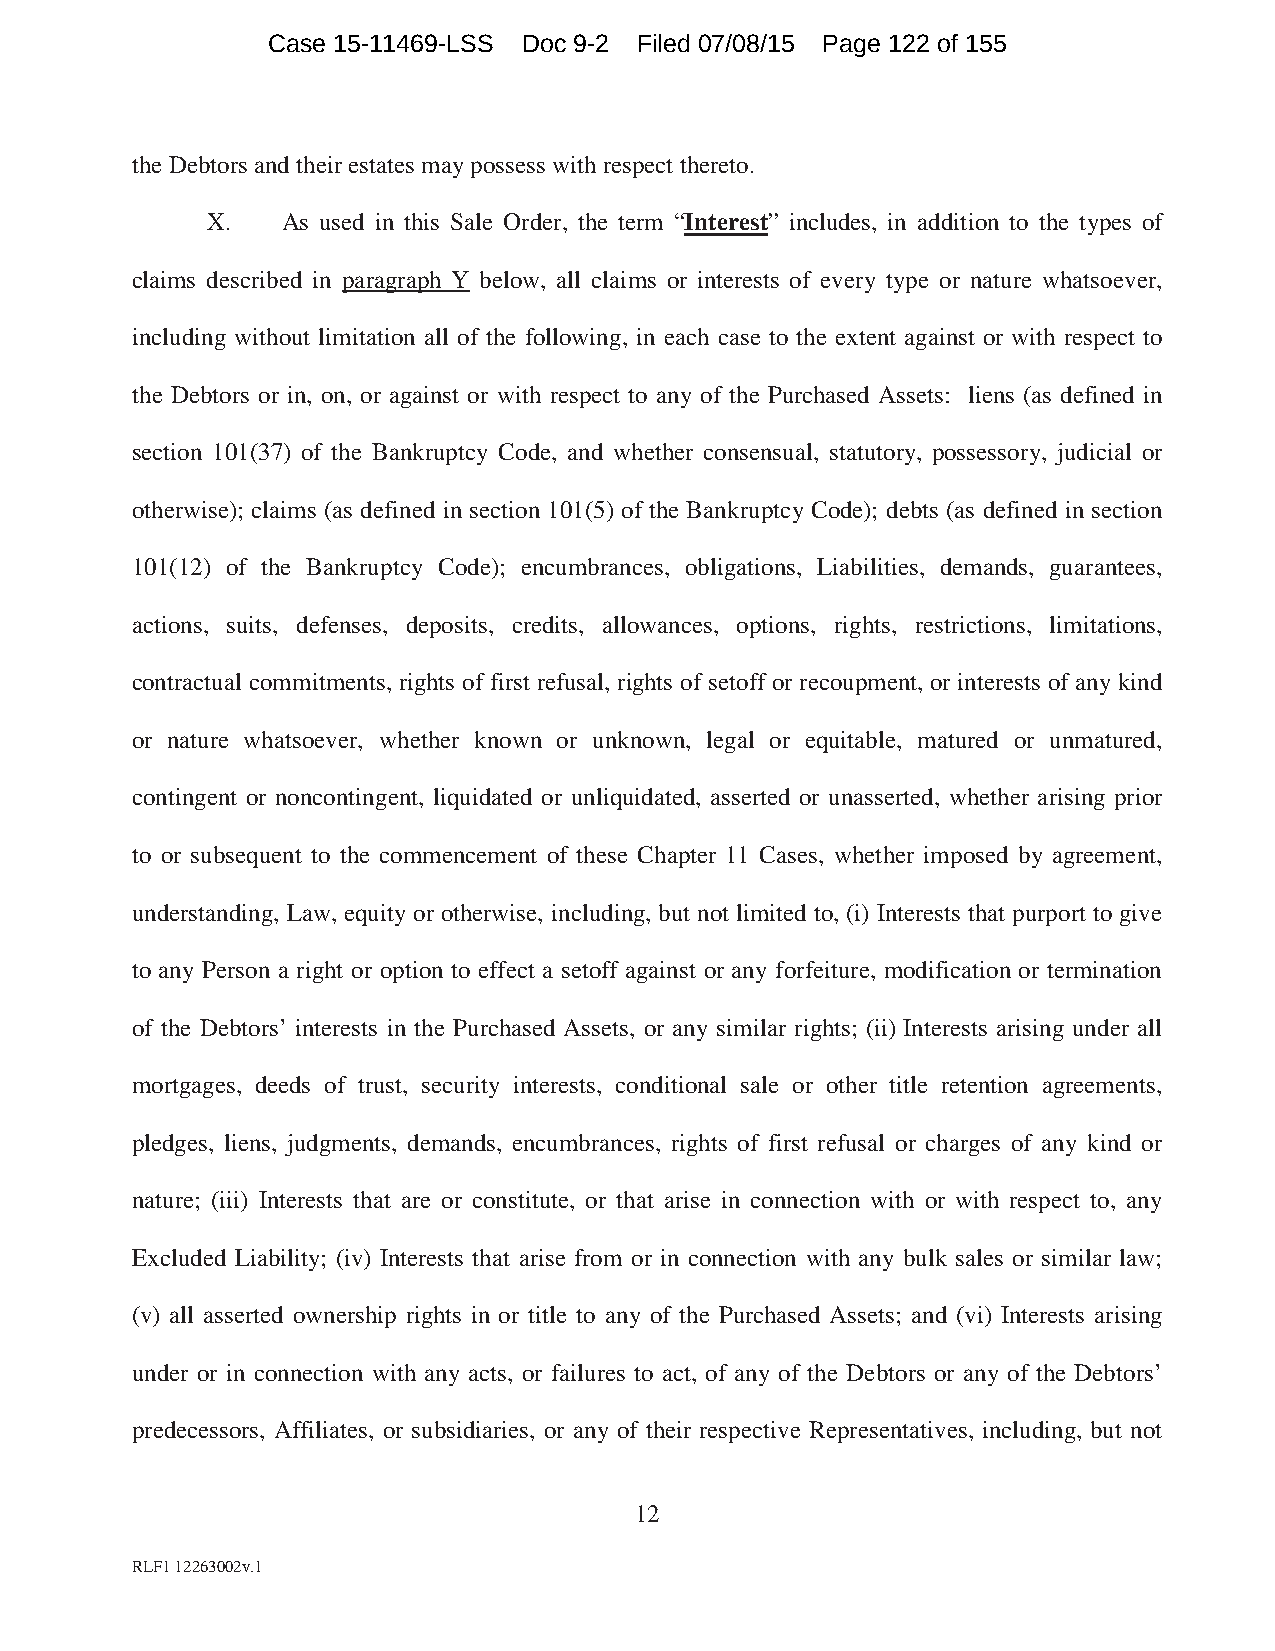
Case 15-11469-LSS Doc 9-2 Filed 07/08/15 Page 122 of 155
 the Debtors and their estates may possess with respect thereto.
 X.   As used in this Sale Order, the term “Interest” includes, in addition to the types of
 claims described in paragraph Y below, all claims or interests of every type or nature whatsoever,
 including without limitation all of the following, in each case to the extent against or with respect to
 the Debtors or in, on, or against or with respect to any of the Purchased Assets: liens (as defined in
 section 101(37) of the Bankruptcy Code, and whether consensual, statutory, possessory, judicial or
 otherwise); claims (as defined in section 101(5) of the Bankruptcy Code); debts (as defined in section
 101(12) of the Bankruptcy Code); encumbrances, obligations, Liabilities, demands, guarantees,
 actions, suits, defenses, deposits, credits, allowances, options, rights, restrictions, limitations,
 contractual commitments, rights of first refusal, rights of setoff or recoupment, or interests of any kind
 or nature whatsoever, whether known or unknown, legal or equitable, matured or unmatured,
 contingent or noncontingent, liquidated or unliquidated, asserted or unasserted, whether arising prior
 to or subsequent to the commencement of these Chapter 11 Cases, whether imposed by agreement,
 understanding, Law, equity or otherwise, including, but not limited to, (i) Interests that purport to give
 to any Person a right or option to effect a setoff against or any forfeiture, modification or termination
 of the Debtors’ interests in the Purchased Assets, or any similar rights; (ii) Interests arising under all
 mortgages, deeds of trust, security interests, conditional sale or other title retention agreements,
 pledges, liens, judgments, demands, encumbrances, rights of first refusal or charges of any kind or
 nature; (iii) Interests that are or constitute, or that arise in connection with or with respect to, any
 Excluded Liability; (iv) Interests that arise from or in connection with any bulk sales or similar law;
 (v) all asserted ownership rights in or title to any of the Purchased Assets; and (vi) Interests arising
 under or in connection with any acts, or failures to act, of any of the Debtors or any of the Debtors’
 predecessors, Affiliates, or subsidiaries, or any of their respective Representatives, including, but not
 12
 RLF1 12263002v.1